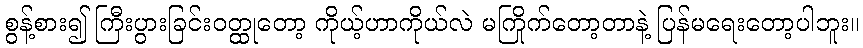
စွန့်စား၍ ကြီးပွားခြင်းဝတ္ထုတော့ ကိုယ့်ဟာကိုယ်လဲ မကြိုက်တော့တာနဲ့ ပြန်မရေးတော့ပါဘူး။